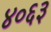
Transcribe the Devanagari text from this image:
४०६३